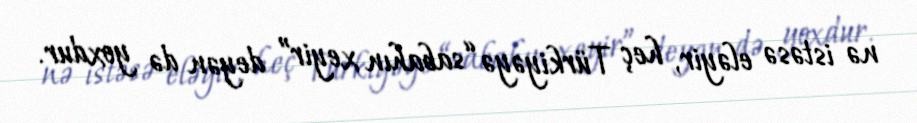
nə istəsə eləyir, heç Türkiyəyə “sabahın xeyir” deyən də yoxdur.